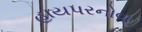
હાયપરનોવા